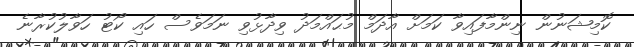
ކޮމިޝަނުން ނިންމާފައިވާ ކަމަށް އާދަމް މުޙައްމަދު ވިދާޅުވި ނަމަވެސް ހައި ކޯޓު ހަވާލުކުރާނެ